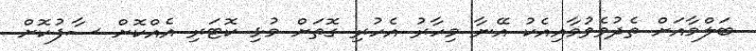
ބަލްމާއަށް ތެދުވެވުމާއިއެކު އޭނާ މިހާރު އެހުރި ގޮތަށް މުޅި ކޮޓަރި އެއްކޮށް ސާފުކޮށް